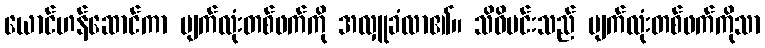
ယောင်ဟန်ဆောင်ကာ မျက်လုံးတစ်ဖက်ကို အလှူခံလာ၏။ သိဝိမင်းသည် မျက်လုံးတစ်ဖက်ကိုသာ